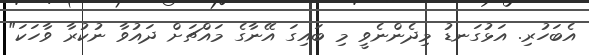
އެބަހުރި. އަޅުގަނޑު މިދެންނެވީ މި ބައިގަ އޭނާގެ މައްޗަށް ދައުވާ ނުކުރާ ވާހަކަ"